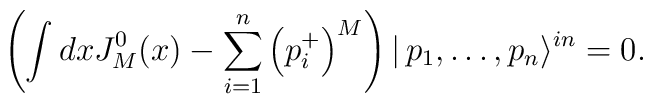
\left( \int dxJ_{M}^{0}(x)-\sum_{i=1}^{n}\left( p_{i}^{+}\right) ^{M}\right)|\,p_{1},\dots ,p_{n}\rangle ^{in}=0.